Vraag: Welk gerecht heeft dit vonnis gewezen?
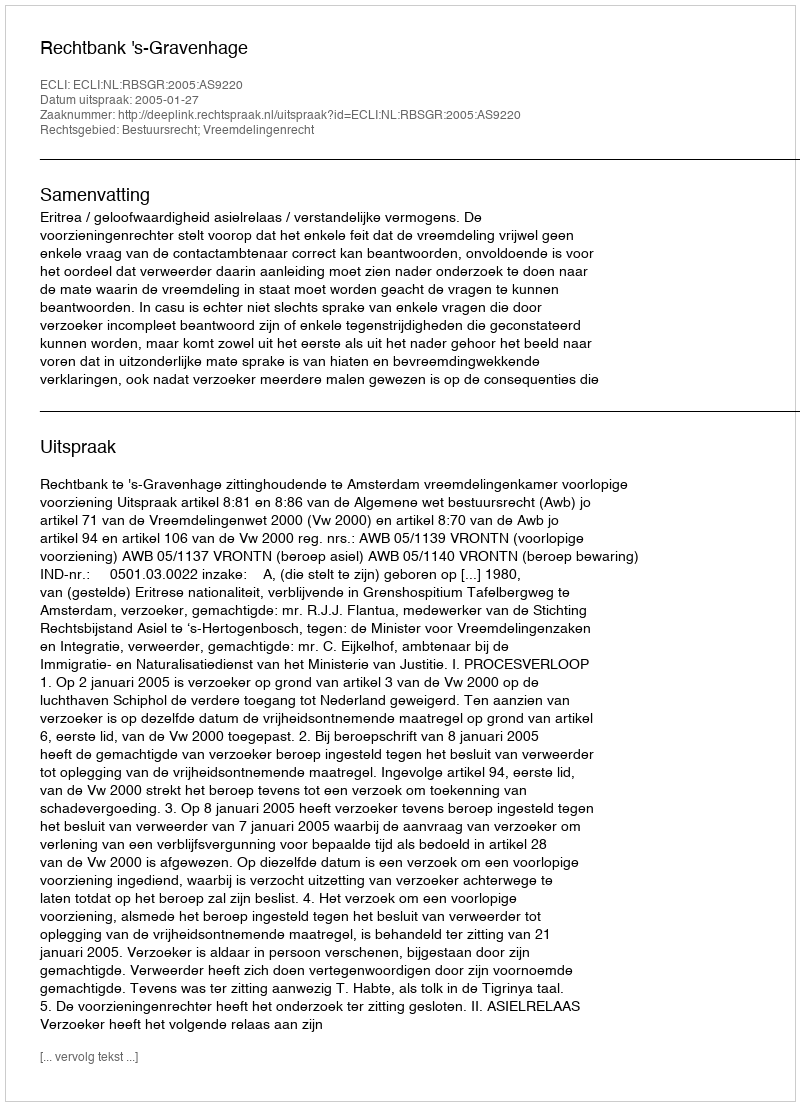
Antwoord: Rechtbank 's-Gravenhage